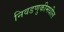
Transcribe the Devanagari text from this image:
निवडणुकीमधील